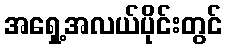
အရှေ့အလယ်ပိုင်းတွင်